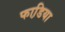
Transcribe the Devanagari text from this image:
फाडि़या